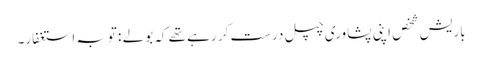
باریش شخص اپنی پشاوری چپل درست کر رہے تھے کہ بولے : توبہ استغفار۔